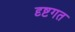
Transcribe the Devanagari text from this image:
दृष्टगत